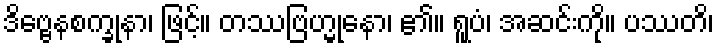
ဒိဗ္ဗေနစက္ခုနာ၊ ဖြင့်။ တဿဗြဟ္မုနော၊ ၏။ ရူပံ၊ အဆင်းကို။ ပဿတိ၊